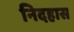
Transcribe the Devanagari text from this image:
निदहास